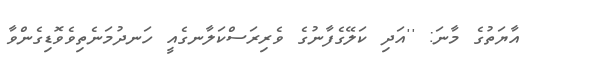
އާޔަތުގެ މާނަ: ''އަދި ކަލޭގެފާނުގެ ވެރިރަސްކަލާނގެއީ ހަނދުމަނެތިވެވޮޑިގެންވާ